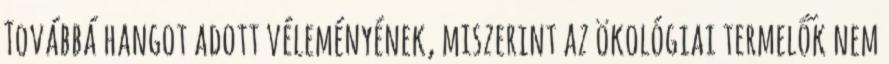
Továbbá hangot adott véleményének, miszerint az ökológiai termelők nem